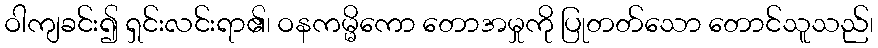
ဝါကျခင်း၍ ရှင်းလင်းရာ၏၊ ဝနကမ္မိကော တောအမှုကို ပြုတတ်သော တောင်သူသည်၊